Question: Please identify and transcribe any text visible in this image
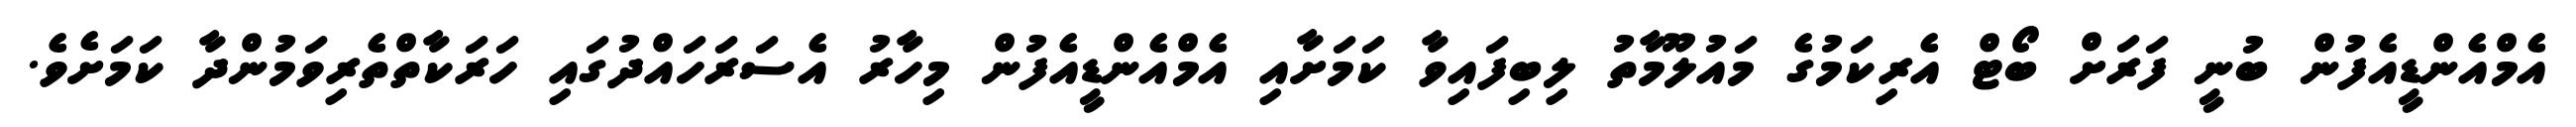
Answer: އެމްއެންޑީއެފުން ބުނީ ފަރަށް ބޯޓް އެރިކަމުގެ މައުލޫމާތު ލިބިފައިވާ ކަމަށާއި އެމްއެންޑީއެފުން މިހާރު އެސަރަހައްދުގައި ހަރަކާތްތެރިވަމުންދާ ކަމަށެވެ.